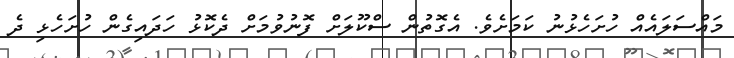
މައްސަލައެއް ހުށަހެޅުނު ކަމަށެވެ. އެގޮތުން ސްކޫލަށް ފޮނުވުމަށް ދެކޮޅު ހަދައިގެން ހުށަހެޅި ދެ